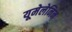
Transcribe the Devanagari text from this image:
यूमेलेनिन